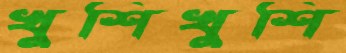
খুশিখুশি